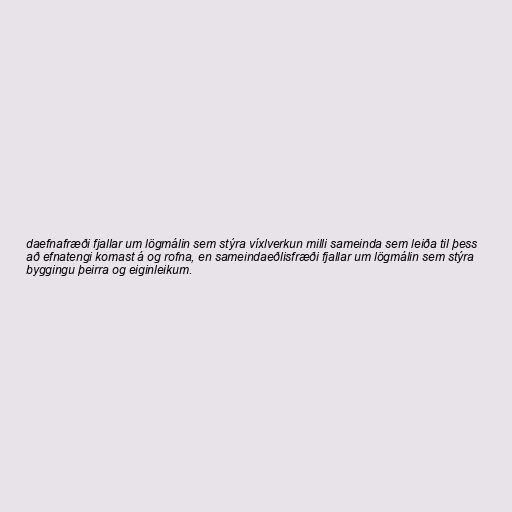
daefnafræði fjallar um lögmálin sem stýra víxlverkun milli sameinda sem leiða til þess
að efnatengi komast á og rofna, en sameindaeðlisfræði fjallar um lögmálin sem stýra
byggingu þeirra og eiginleikum.